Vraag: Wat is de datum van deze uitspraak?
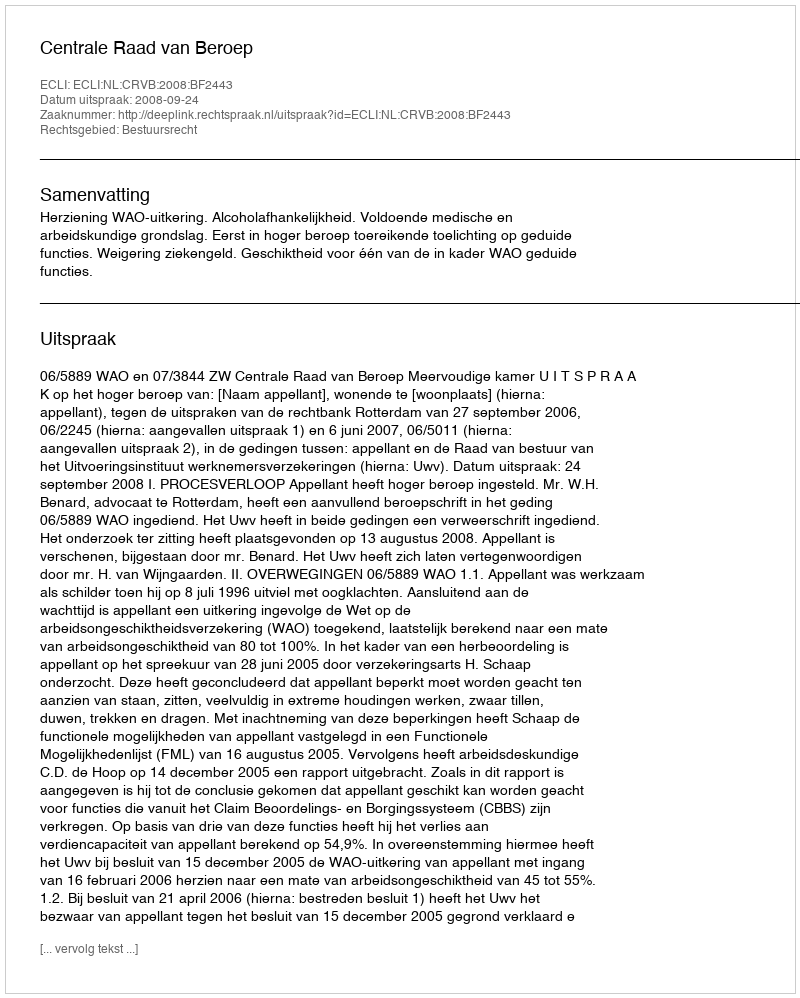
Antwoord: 2008-09-24